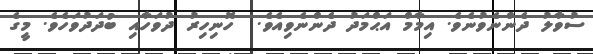
ސުވާލު ދެންނެވުނެވެ. އިމާމް އަޙްމަދު ދެންނެވިއެވެ.  ހޮނިހިރު ދުވަހާއި ބުދަދުވަހެވެ. މީގެ